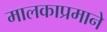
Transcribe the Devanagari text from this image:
मालकाप्रमाने